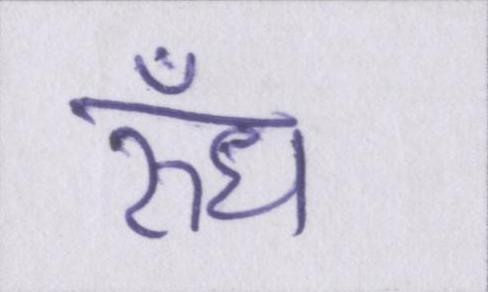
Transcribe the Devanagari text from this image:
रुँध